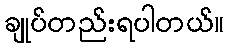
ချုပ်တည်းရပါတယ်။